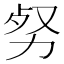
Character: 𠡡